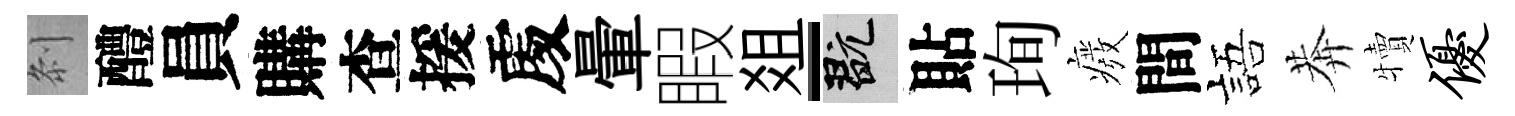
𠛴醴員購查援𠁅暈睱爼-玩貼珣癈間語莾犢优